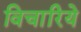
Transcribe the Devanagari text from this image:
विचारिये